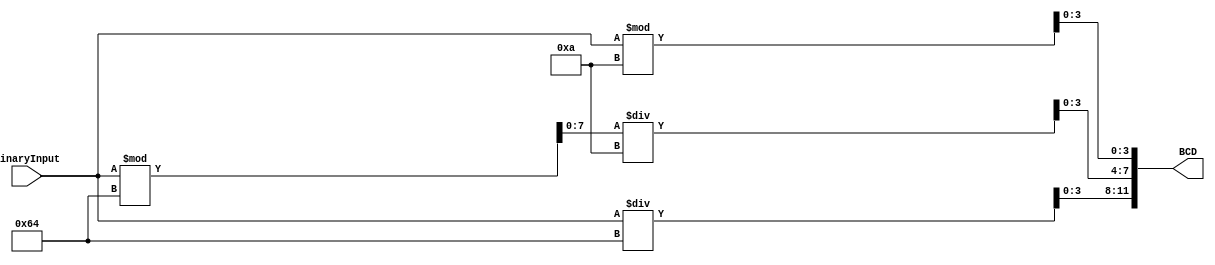
/**
	@file : Encoder_BCD_3.v
	@author: William Tien
	@brief : Simple Encoder 3 Digit BCD
*/
	
module Encoder_BCD_3(output reg [11:0] BCD, input [7:0] BinaryInput);


	wire [7:0] quotient100;
	wire [7:0] remainder100;
	wire [7:0] quotient10;
	wire [7:0] remainder10;

	assign quotient100 = BinaryInput/'d100;
	assign remainder100 = BinaryInput%'d100;
	assign quotient10 = remainder100/'d10;
	assign remainder10 = BinaryInput%'d10;
	
	always @ (BinaryInput)
		begin
		
			BCD[11:8] = quotient100;
			BCD [7:4] = quotient10;
			BCD [3:0] = remainder10;
			
		end
		
endmodule